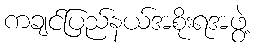
ကချင်ပြည်နယ်အစိုးရအဖွဲ့